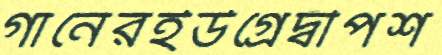
গানেরইউগ্‌রেদ্বীপশ